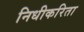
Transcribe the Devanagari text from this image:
निधीकरिता